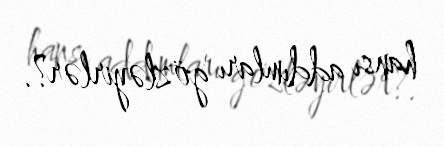
hansı addımları gözləyirlər?.